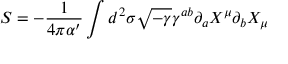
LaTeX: S = - \frac { 1 } { 4 \pi \alpha ^ { \prime } } \int d ^ { 2 } \sigma \sqrt { - \gamma } \gamma ^ { a b } \partial _ { a } X ^ { \mu } \partial _ { b } X _ { \mu }